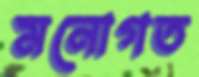
মনোগত